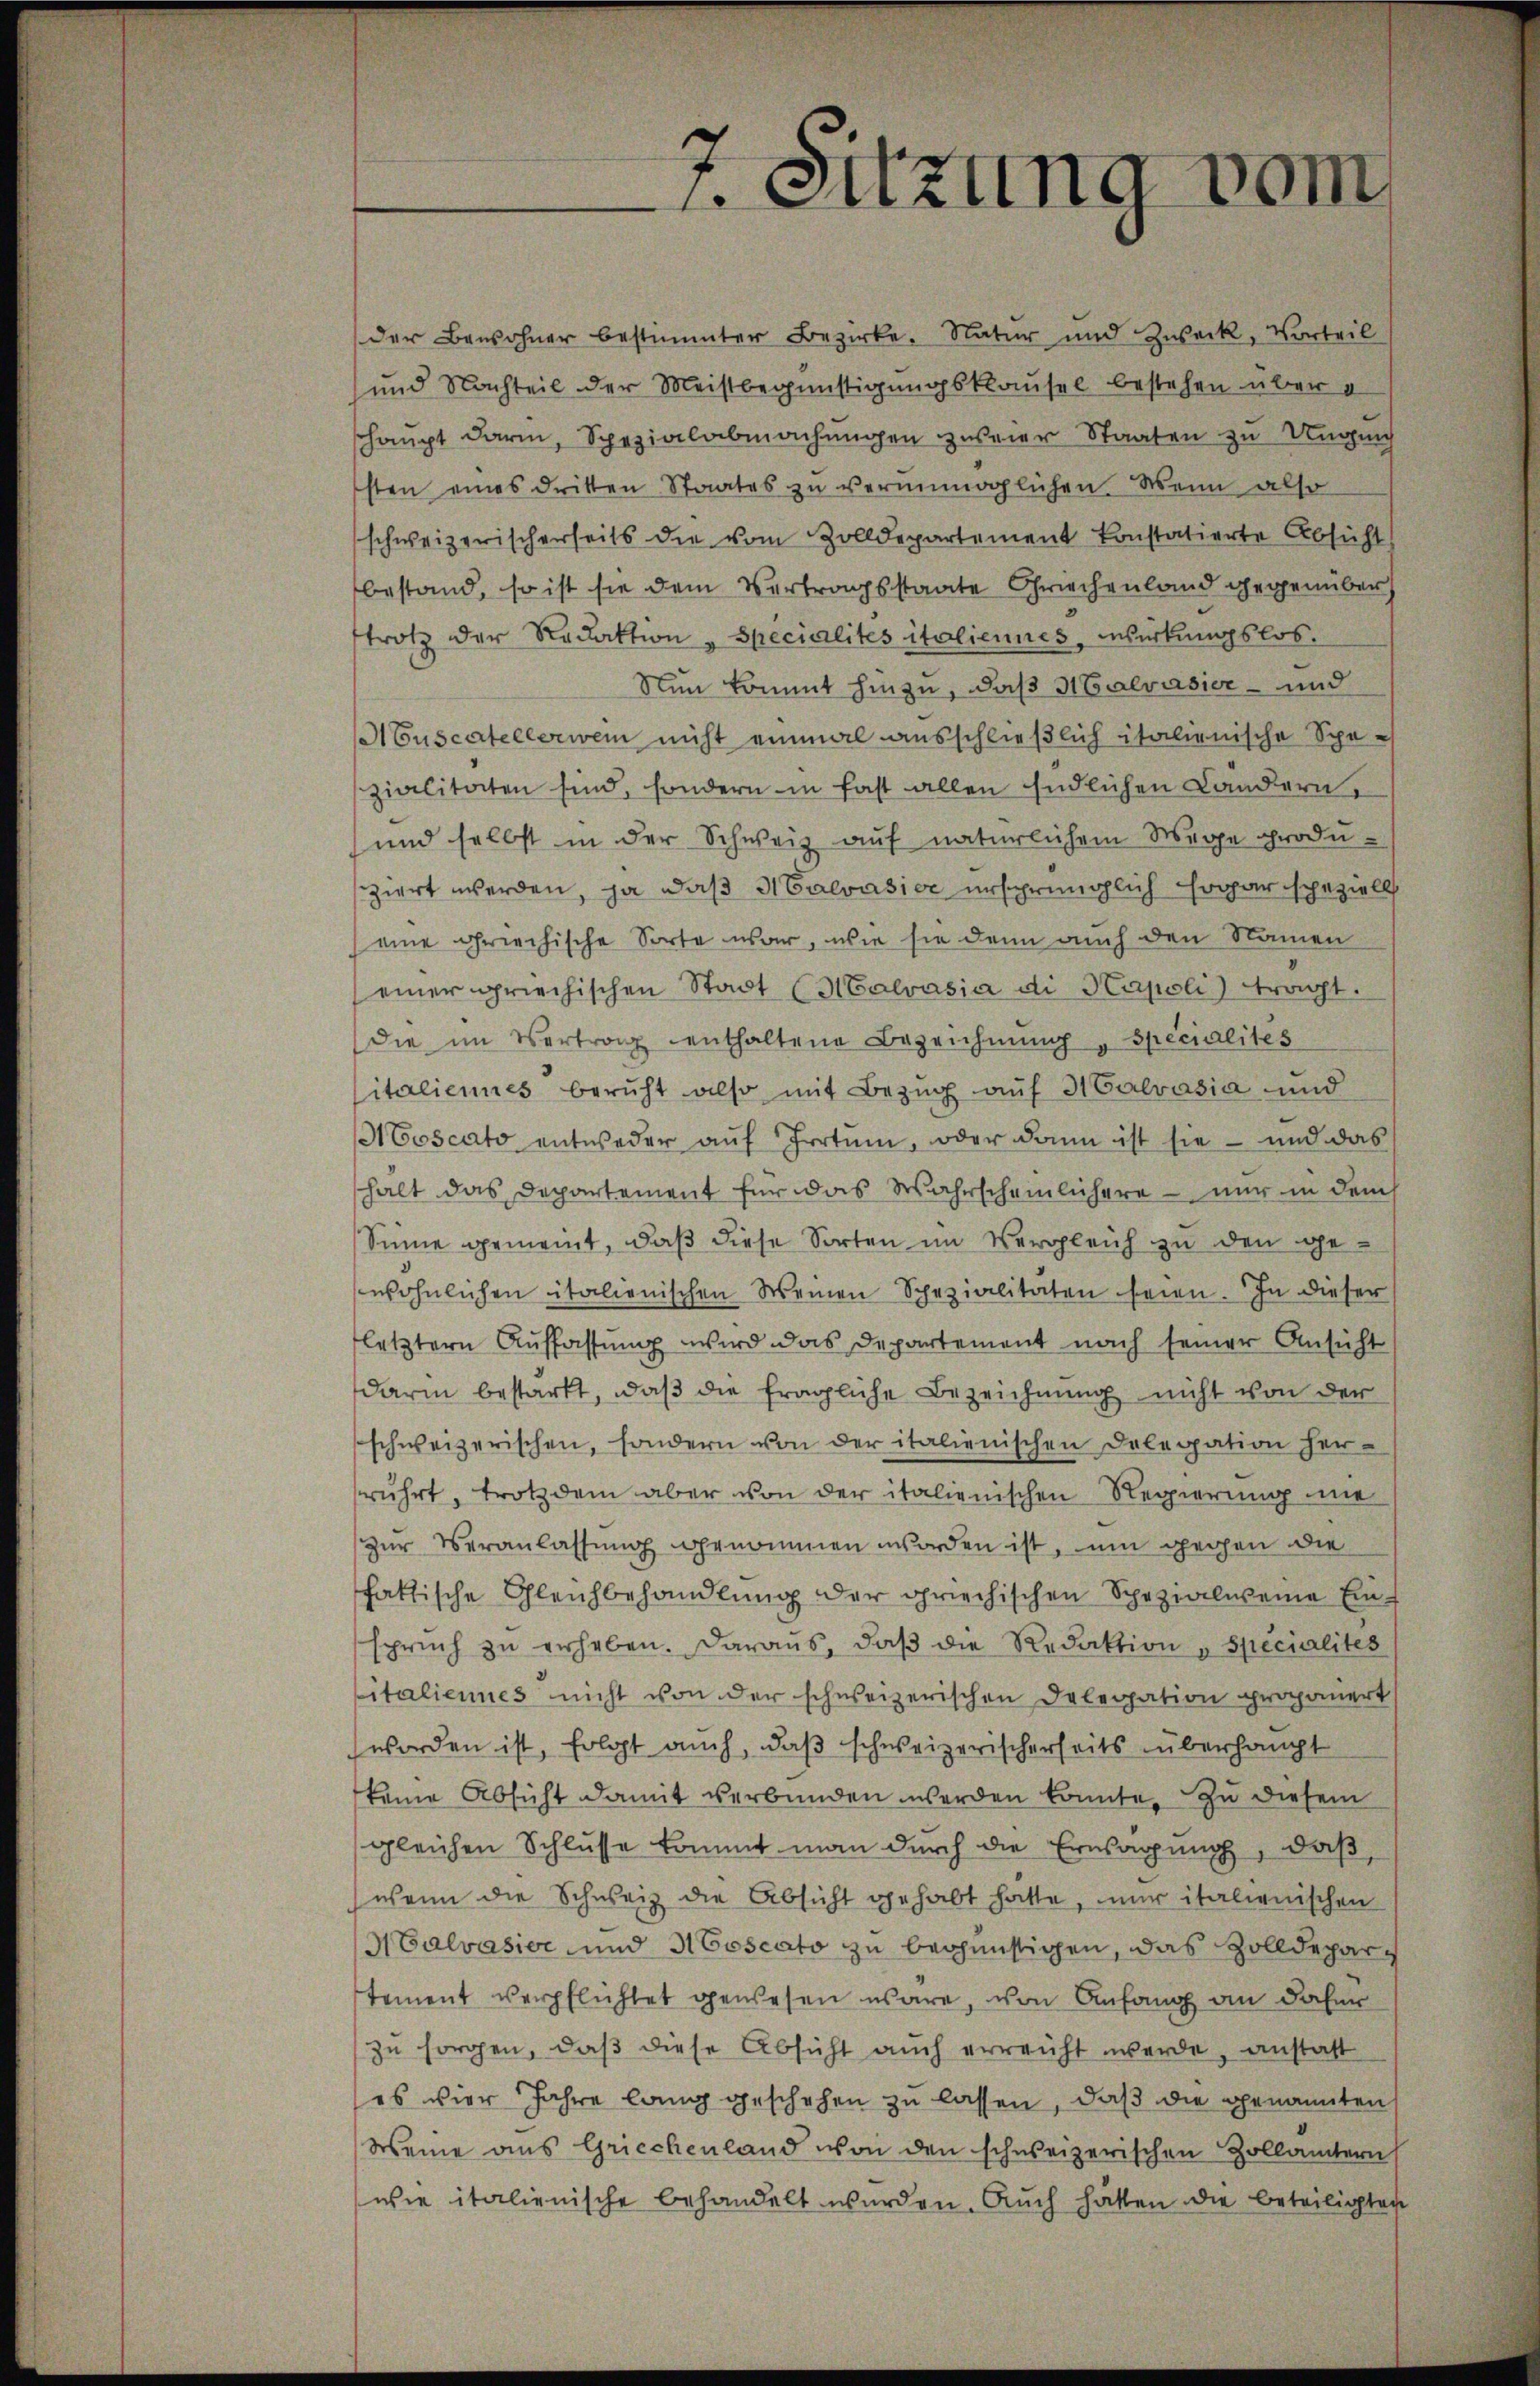
Sitzung vom

der Bewohner bestimmter Bezirke. Natur und Zweck, Vorteil
und Nachteil der Meistbegünstigungsklausel bestehen über d
haupt darin, Spezialabmachungen zweier Staaten zu Ungeach
sten eines dritten Staates zŭ verunmöglichen. Wenn also
schweizerischerseits die vom Zolldepartement konstatierte Absicht
bestand, so ist sie dem Vertragsstaate Griechenland gegenüber
trotz der Redaktion " Specialités italiennes, Wirkungslos.
Nun kommt hinzu, daß Malvasier- und
ACuscatellerwein nicht einmal ausschließlich italienische Spezialitäten sind, sondern in fast allen Endlichen Landern,
und selbst in der Schweiz auf natürlichem Wege produziert werden, ja daß H Calvasioe ursprünglich sogar speziell
eine griechische Sorte war, wie sie denn auch den Namen
einer griechischen Stadt (Malvasia di Kapoli) tragt.
die im Vertrag enthaltene Bezeichnŭng " Specialités
italiennes beruht also mit Bezug auf H Calvasia und
Moscato entweder auf Irrtum, oder dann ist sie – und das
hält das Departement für das Wahrscheinlichere — nur in dem
Sinne gemeint, daß diese Sorten im Vergleich zu den gewöhnlichen italienischen Weinen Schezialitäten seien. In dieser
letztern Auffassung wird das Departement nach seiner Ansicht
darin bestärkt, daβ die fragliche Bezeichnung nicht von der
schweizerischen, sondern von der italienischen Delegation her-
rührt, trotzdem aber von der italienischen Regierung nie
zŭr Veranlassung genommen worden ist, um gegen die
fattische Gleichbehandlung der griechischen Spezialweine Einspruch zŭ erheben. Daraus, daβ die Redaktion „Specialités
italiennes nicht von der schweizerischen Delegation propauert
worden ist, folgt auch, daß schweizerischerheits überhaupt
keine Absicht damit verbunden werden könnte. Zu diesem
gleichen Schlusse kommt man durch die Ernsagung, daß
wenn die Schweiz die Absicht gehabt hatte, nur italienischen
NGalvasier und Moscato zu begünstigen, das Zolldepartement verpflichtet gewesen wäre, von Anfang an daher
zu sorgen, daß diese Absicht auch erreicht werde, anstalt
es vier Jahre lang geschehen zu lassen, daß die genannten
Weine aus Griechenland von den schweizerischen Zollämtern
wie italienische behandelt wurden. Auch hätten die beteiligten